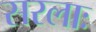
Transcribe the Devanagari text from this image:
सरलाः